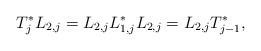
LaTeX: \begin{align*} T_{j}^*L_{2,j} = L_{2,j}L_{1,j}^*L_{2,j} = L_{2,j}T_{j-1}^*,\end{align*}